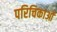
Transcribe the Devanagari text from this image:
परिचिकाओं